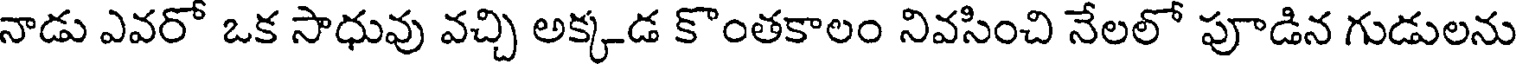
నాడు ఎవరో ఒక సాధువు వచ్చి అక్కడ కొంతకాలం నివసించి నేలలో పూడిన గుడులను